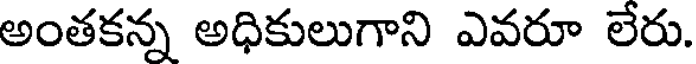
అంతకన్న అధికులుగాని ఎవరూ లేరు.